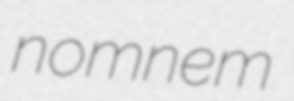
nomnem